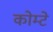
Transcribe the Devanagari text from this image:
कोम्टे